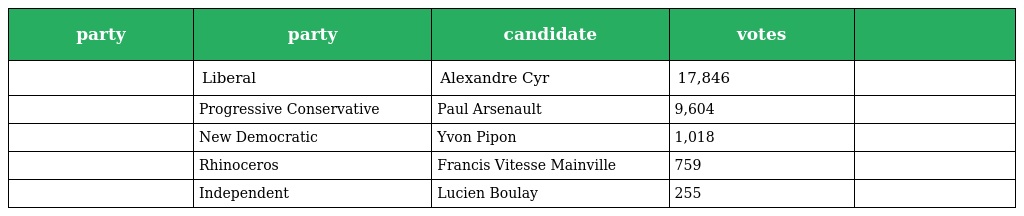
| party | party | candidate | votes |  |
 | --- | --- | --- | --- | --- |
 |  | Liberal | Alexandre Cyr | 17,846 |  |
 |  | Progressive Conservative | Paul Arsenault | 9,604 |  |
 |  | New Democratic | Yvon Pipon | 1,018 |  |
 |  | Rhinoceros | Francis Vitesse Mainville | 759 |  |
 |  | Independent | Lucien Boulay | 255 |  |